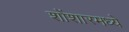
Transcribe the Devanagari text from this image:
शोंशारमध्ये